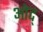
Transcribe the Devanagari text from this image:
ओद्